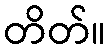
တိတ်။